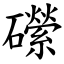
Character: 礯